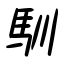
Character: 馴